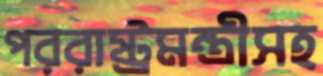
পররাষ্ট্রমন্ত্রীসহ